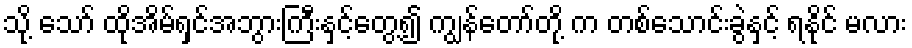
သို့ သော် ထိုအိမ်ရှင်အဘွားကြီးနှင့်တွေ့၍ ကျွန်တော်တို့ က တစ်သောင်းခွဲနှင့် ရနိုင် မလား